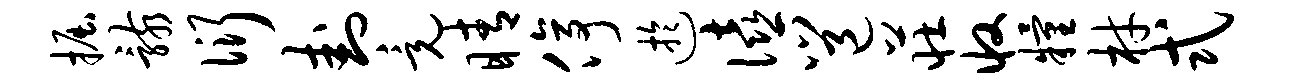
掘骸衍卦竟睛停迂僖邕庄收粮材式